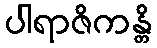
ပါရာဇိကန္တိ